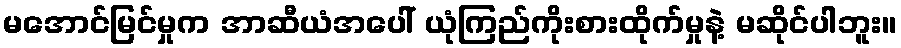
မအောင်မြင်မှုက အာဆီယံအပေါ် ယုံကြည်ကိုးစားထိုက်မှုနဲ့ မဆိုင်ပါဘူး။